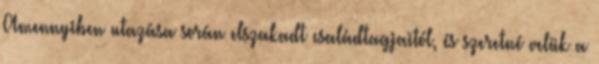
Amennyiben utazása során elszakadt családtagjaitól, és szeretné velük a